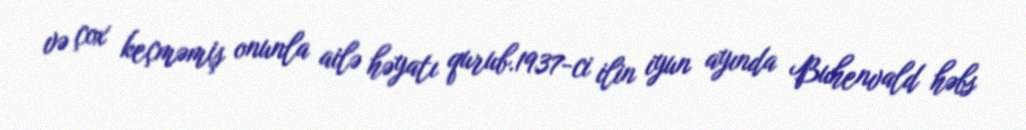
və çox keçməmiş onunla ailə həyatı qurub.1937-ci ilin iyun ayında Buhenvald həbs